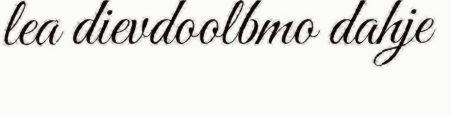
lea dievdoolbmo dahje